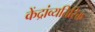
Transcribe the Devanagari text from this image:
केंद्रांव्यतिरिक्त